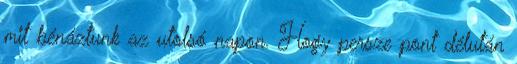
mit bénáztunk az utolsó napon. Hogy persze pont délután